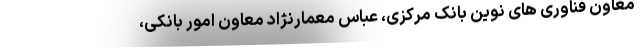
معاون فناوری های نوین بانک مرکزی، عباس معمارنژاد معاون امور بانکی،